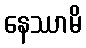
နေဿာမိ